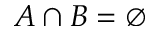
A \cap B = \emptyset